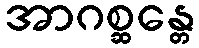
အာဂစ္ဆန္တေ